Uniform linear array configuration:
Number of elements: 24
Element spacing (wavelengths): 0.25
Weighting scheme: hann
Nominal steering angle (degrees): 30
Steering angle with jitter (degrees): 29.437
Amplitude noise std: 0.05
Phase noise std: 0.05

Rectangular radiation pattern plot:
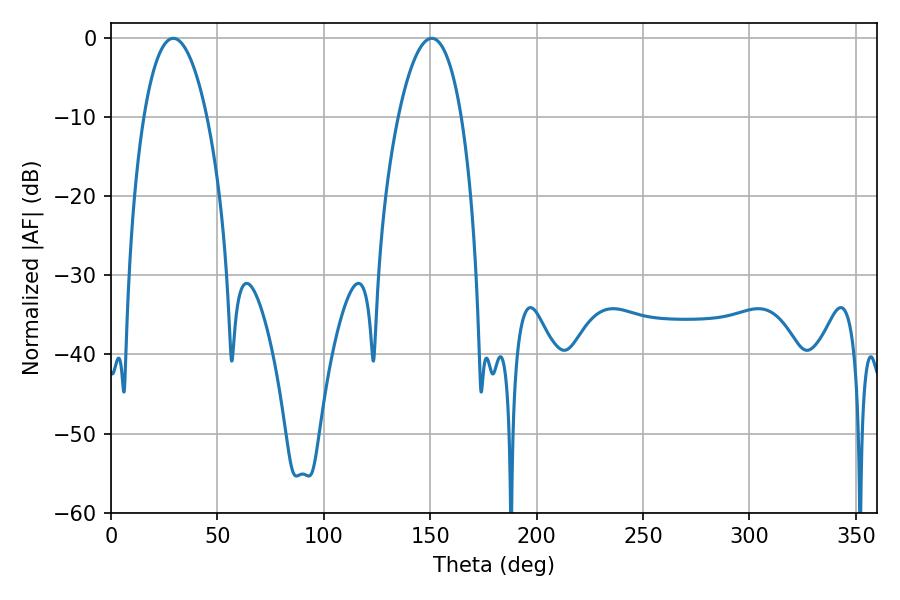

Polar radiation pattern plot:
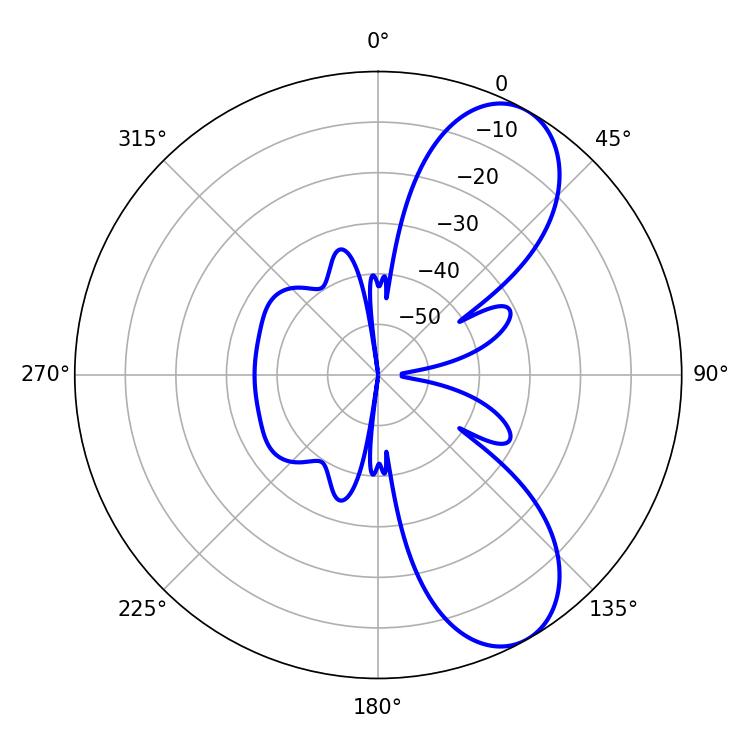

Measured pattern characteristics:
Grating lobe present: FALSE
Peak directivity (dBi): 8.199
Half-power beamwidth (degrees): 16.56
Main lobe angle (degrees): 29.34